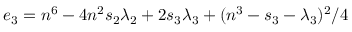
e _ { 3 } = n ^ { 6 } - 4 n ^ { 2 } s _ { 2 } \lambda _ { 2 } + 2 s _ { 3 } \lambda _ { 3 } + ( n ^ { 3 } - s _ { 3 } - \lambda _ { 3 } ) ^ { 2 } / 4